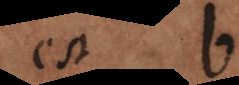
est b